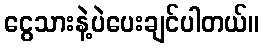
ငွေသားနဲ့ပဲပေးချင်ပါတယ်။